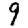
Digit: 9